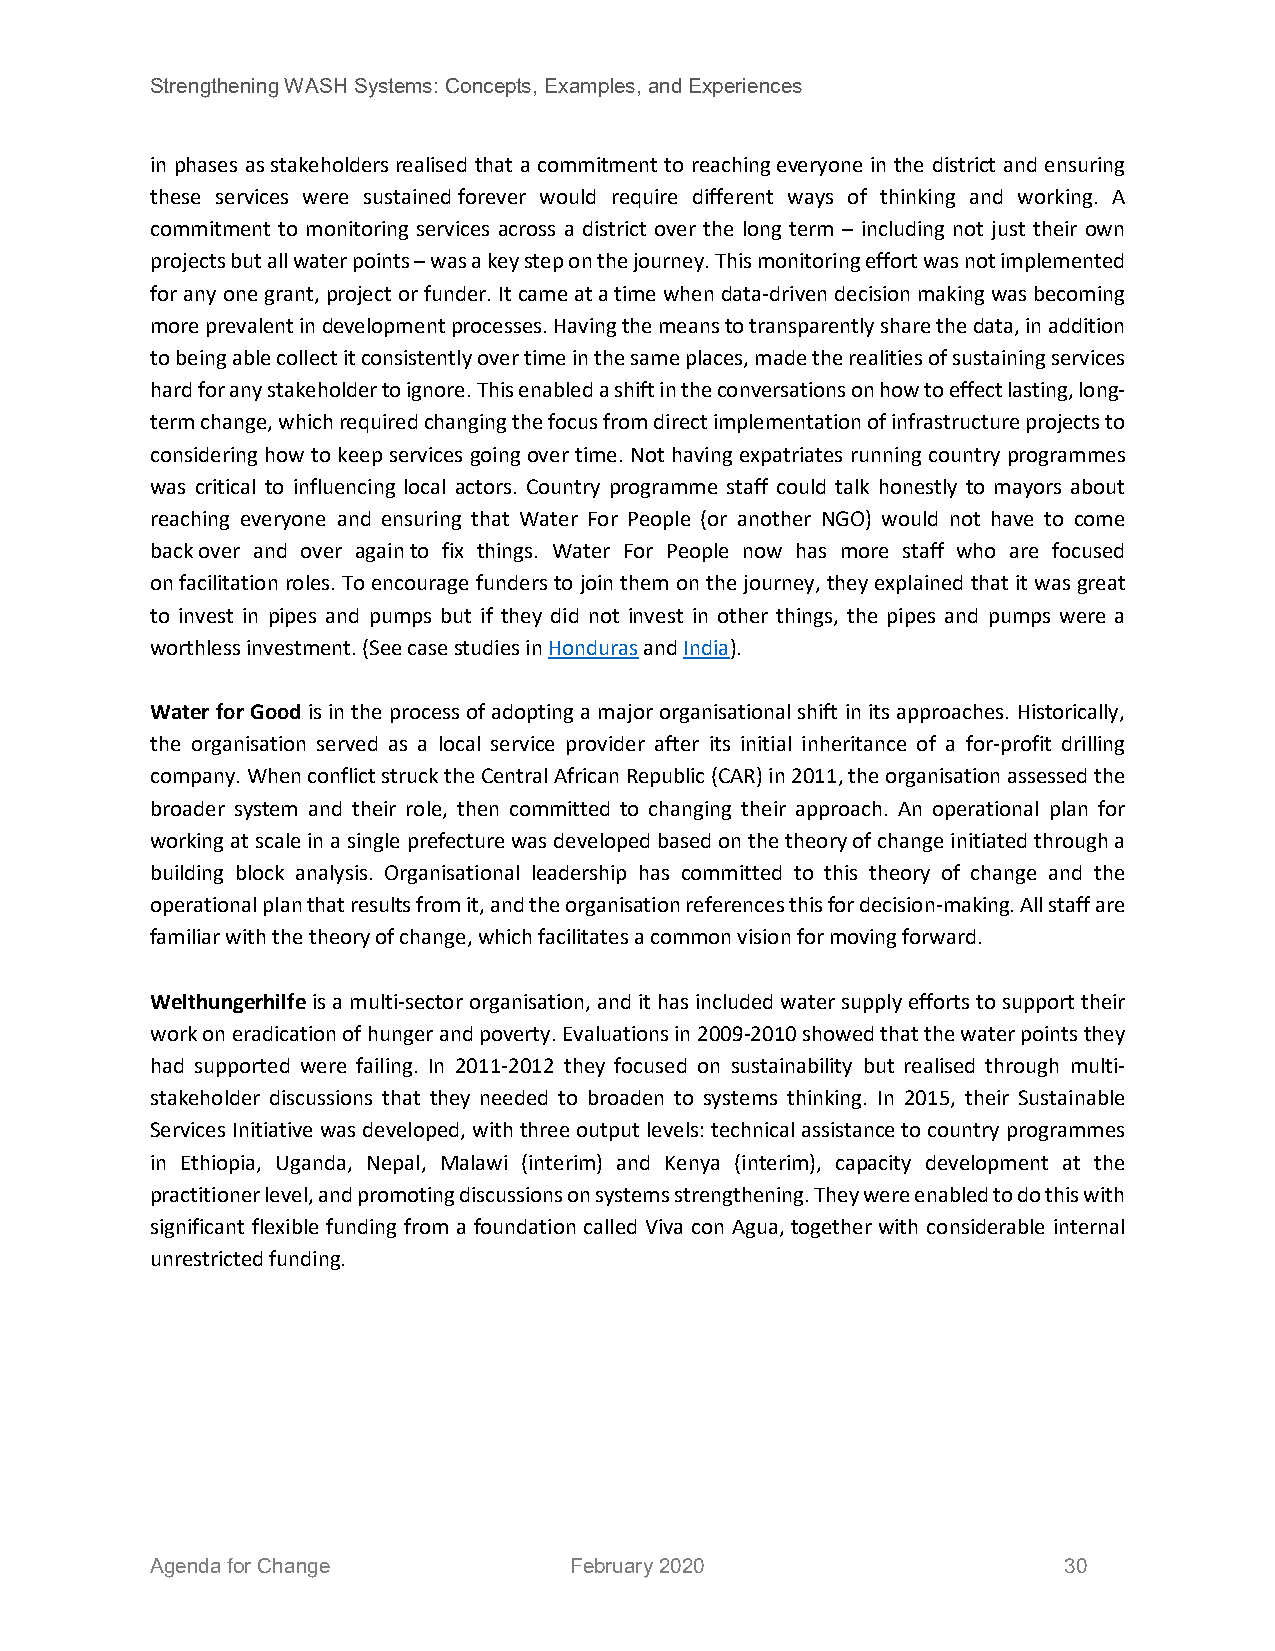
Strengthening WASH Systems: Concepts, Examples, and Experiences
 in phases as stakeholders realised that a commitment to reaching everyone in the district and ensuring
 these services were sustained forever would require different ways of thinking and working. A
 commitment to monitoring services across a district over the long term – including not just their own
 projects but all water points – was a key step on the journey. This monitoring effort was not implemented
 for any one grant, project or funder. It came at a time when data-driven decision making was becoming
 more prevalent in development processes. Having the means to transparently share the data, in addition
 to being able collect it consistently over time in the same places, made the realities of sustaining services
 hard for any stakeholder to ignore. This enabled a shift in the conversations on how to effect lasting, long-
 term change, which required changing the focus from direct implementation of infrastructure projects to
 considering how to keep services going over time. Not having expatriates running country programmes
 was critical to influencing local actors. Country programme staff could talk honestly to mayors about
 reaching everyone and ensuring that Water For People (or another NGO) would not have to come
 back over and over again to fix things. Water For People now has more staff who are focused
 on facilitation roles. To encourage funders to join them on the journey, they explained that it was great
 to invest in pipes and pumps but if they did not invest in other things, the pipes and pumps were a
 worthless investment. (See case studies in Honduras and India).
 Water for Good is in the process of adopting a major organisational shift in its approaches. Historically,
 the organisation served as a local service provider after its initial inheritance of a for-profit drilling
 company. When conflict struck the Central African Republic (CAR) in 2011, the organisation assessed the
 broader system and their role, then committed to changing their approach. An operational plan for
 working at scale in a single prefecture was developed based on the theory of change initiated through a
 building block analysis. Organisational leadership has committed to this theory of change and the
 operational plan that results from it, and the organisation references this for decision-making. All staff are
 familiar with the theory of change, which facilitates a common vision for moving forward.
 Welthungerhilfe is a multi-sector organisation, and it has included water supply efforts to support their
 work on eradication of hunger and poverty. Evaluations in 2009-2010 showed that the water points they
 had supported were failing. In 2011-2012 they focused on sustainability but realised through multi-
 stakeholder discussions that they needed to broaden to systems thinking. In 2015, their Sustainable
 Services Initiative was developed, with three output levels: technical assistance to country programmes
 in Ethiopia, Uganda, Nepal, Malawi (interim) and Kenya (interim), capacity development at the
 practitioner level, and promoting discussions on systems strengthening. They were enabled to do this with
 significant flexible funding from a foundation called Viva con Agua, together with considerable internal
 unrestricted funding.
 Agenda for Change           February 2020                   30